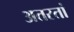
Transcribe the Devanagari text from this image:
अतस्तां